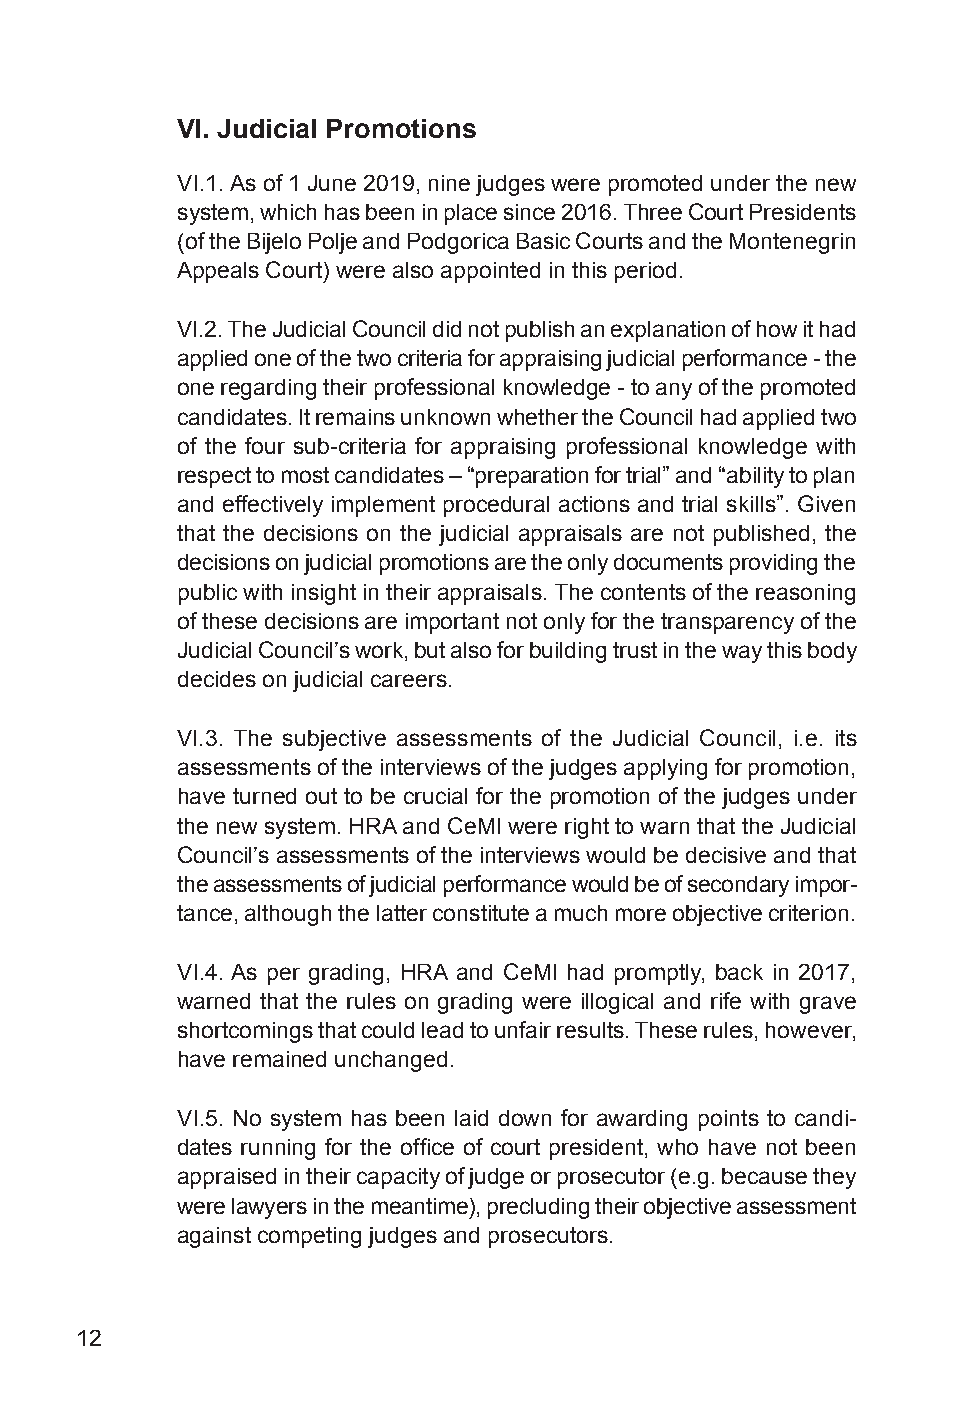
VI. Judicial Promotions
 VI.1. As of 1 June 2019, nine judges were promoted under the new
 system, which has been in place since 2016. Three Court Presidents
 (of the Bijelo Polje and Podgorica Basic Courts and the Montenegrin
 Appeals Court) were also appointed in this period.
 VI.2. The Judicial Council did not publish an explanation of how it had
 applied one of the two criteria for appraising judicial performance - the
 one regarding their professional knowledge - to any of the promoted
 candidates. It remains unknown whether the Council had applied two
 of the four sub-criteria for appraising professional knowledge with
 respect to most candidates – “preparation for trial” and “ability to plan
 and effectively implement procedural actions and trial skills”. Given
 that the decisions on the judicial appraisals are not published, the
 decisions on judicial promotions are the only documents providing the
 public with insight in their appraisals. The contents of the reasoning
 of these decisions are important not only for the transparency of the
 Judicial Council’s work, but also for building trust in the way this body
 decides on judicial careers.
 VI.3. The subjective assessments of the Judicial Council, i.e. its
 assessments of the interviews of the judges applying for promotion,
 have turned out to be crucial for the promotion of the judges under
 the new system. HRA and CeMI were right to warn that the Judicial
 Council’s assessments of the interviews would be decisive and that
 the assessments of judicial performance would be of secondary impor-
 tance, although the latter constitute a much more objective criterion.
 VI.4. As per grading, HRA and CeMI had promptly, back in 2017,
 warned that the rules on grading were illogical and rife with grave
 shortcomings that could lead to unfair results. These rules, however,
 have remained unchanged.
 VI.5. No system has been laid down for awarding points to candi-
 dates running for the office of court president, who have not been
 appraised in their capacity of judge or prosecutor (e.g. because they
 were lawyers in the meantime), precluding their objective assessment
 against competing judges and prosecutors.
 12